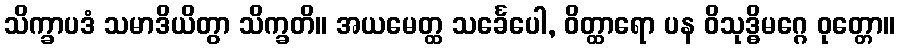
သိက္ခာပဒံ သမာဒိယိတွာ သိက္ခတိ။ အယမေတ္ထ သင်္ခေပေါ, ဝိတ္ထာရော ပန ဝိသုဒ္ဓိမဂ္ဂေ ဝုတ္တော။